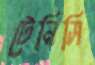
টেনিসি